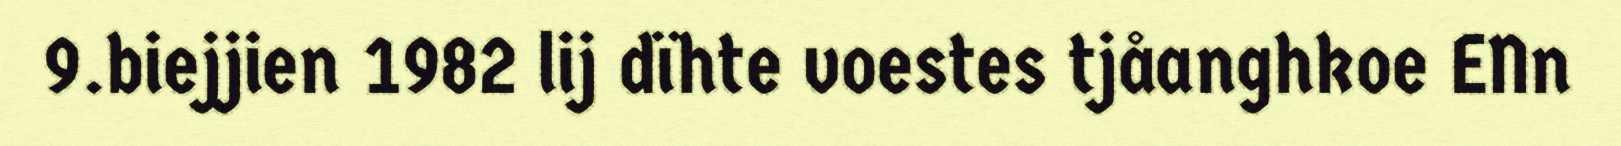
9.biejjien 1982 lij dïhte voestes tjåanghkoe ENn